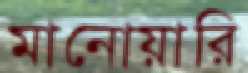
মানোয়ারি